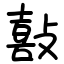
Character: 敼